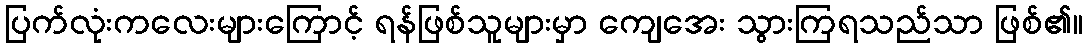
ပြက်လုံးကလေးများကြောင့် ရန်ဖြစ်သူများမှာ ကျေအေး သွားကြရသည်သာ ဖြစ်၏။